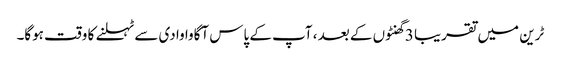
ٹرین میں تقریبا 3 گھنٹوں کے بعد ، آپ کے پاس آگاوا وادی سے ٹہلنے کا وقت ہوگا۔